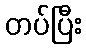
တပ်ပြီး